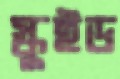
স্কুইড